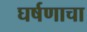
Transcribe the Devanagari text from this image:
घर्षणाचा